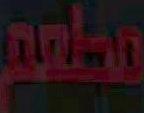
تطلعم